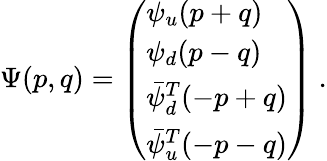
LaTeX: \Psi(p,q)=\left(\begin{array}{l}{{\psi_{u}(p+q)}}\\ {{\psi_{d}(p-q)}}\\ {{\bar{\psi}_{d}^{T}(-p+q)}}\\ {{\bar{\psi}_{u}^{T}(-p-q)}}\end{array}\right)\ .